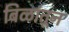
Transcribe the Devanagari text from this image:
बिळांतून